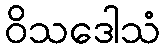
ဝိသဒေါသံ